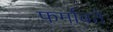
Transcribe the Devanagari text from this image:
फर्मावते